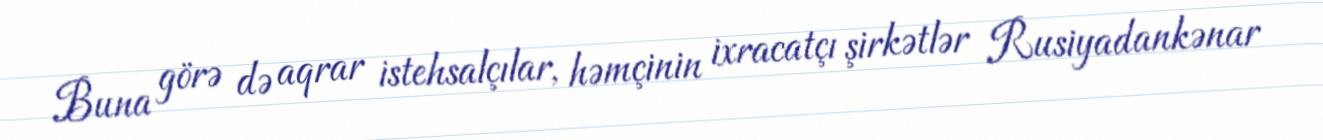
Buna görə də aqrar istehsalçılar, həmçinin ixracatçı şirkətlər Rusiyadankənar